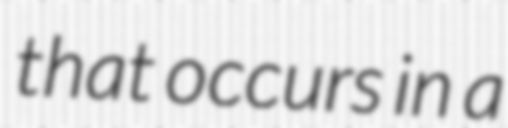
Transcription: that occurs in a